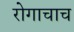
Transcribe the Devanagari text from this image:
रोगाचाच